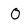
Character: O